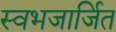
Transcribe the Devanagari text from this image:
स्वभजार्जित